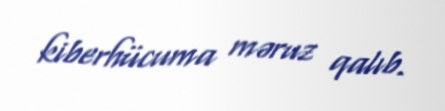
kiberhücuma məruz qalıb.